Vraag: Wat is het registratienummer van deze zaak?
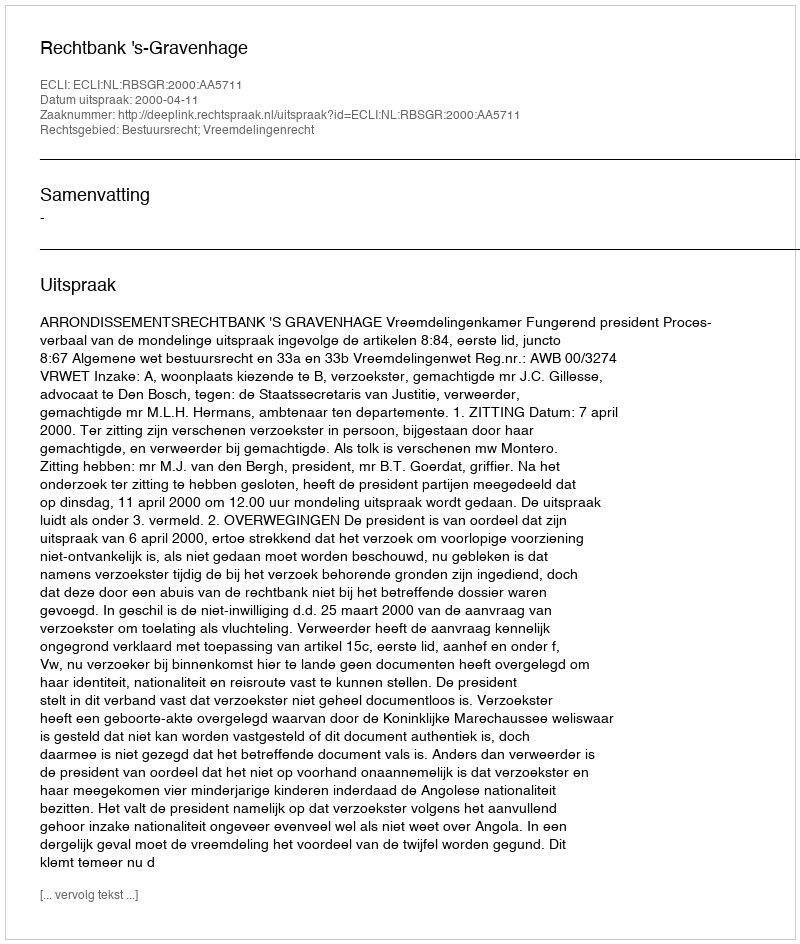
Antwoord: http://deeplink.rechtspraak.nl/uitspraak?id=ECLI:NL:RBSGR:2000:AA5711